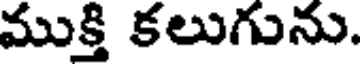
ముక్తి కలుగును.